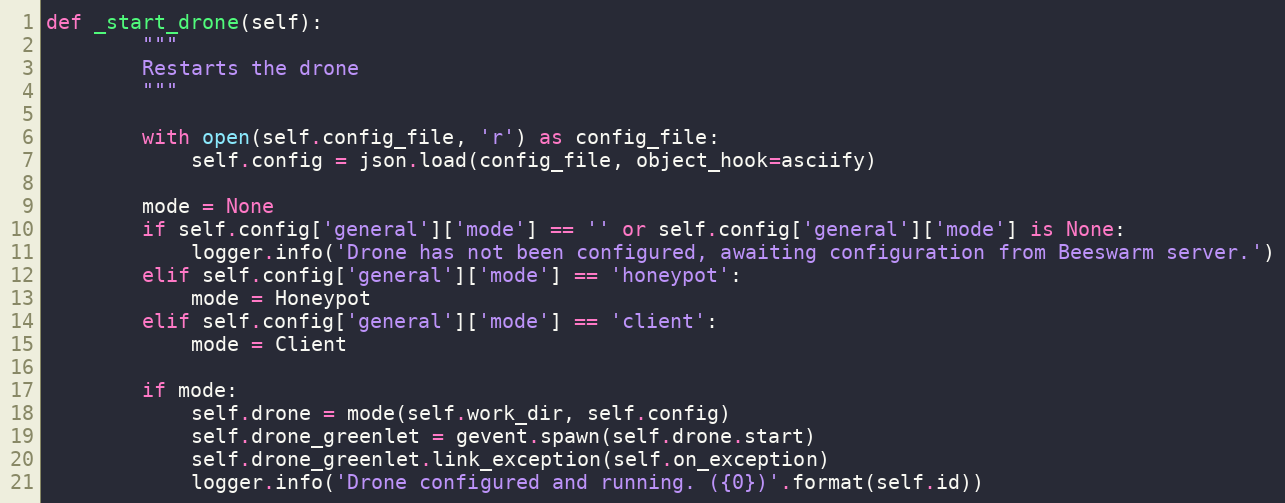
Language: Python
def _start_drone(self):
        """
        Restarts the drone
        """

        with open(self.config_file, 'r') as config_file:
            self.config = json.load(config_file, object_hook=asciify)

        mode = None
        if self.config['general']['mode'] == '' or self.config['general']['mode'] is None:
            logger.info('Drone has not been configured, awaiting configuration from Beeswarm server.')
        elif self.config['general']['mode'] == 'honeypot':
            mode = Honeypot
        elif self.config['general']['mode'] == 'client':
            mode = Client

        if mode:
            self.drone = mode(self.work_dir, self.config)
            self.drone_greenlet = gevent.spawn(self.drone.start)
            self.drone_greenlet.link_exception(self.on_exception)
            logger.info('Drone configured and running. ({0})'.format(self.id))